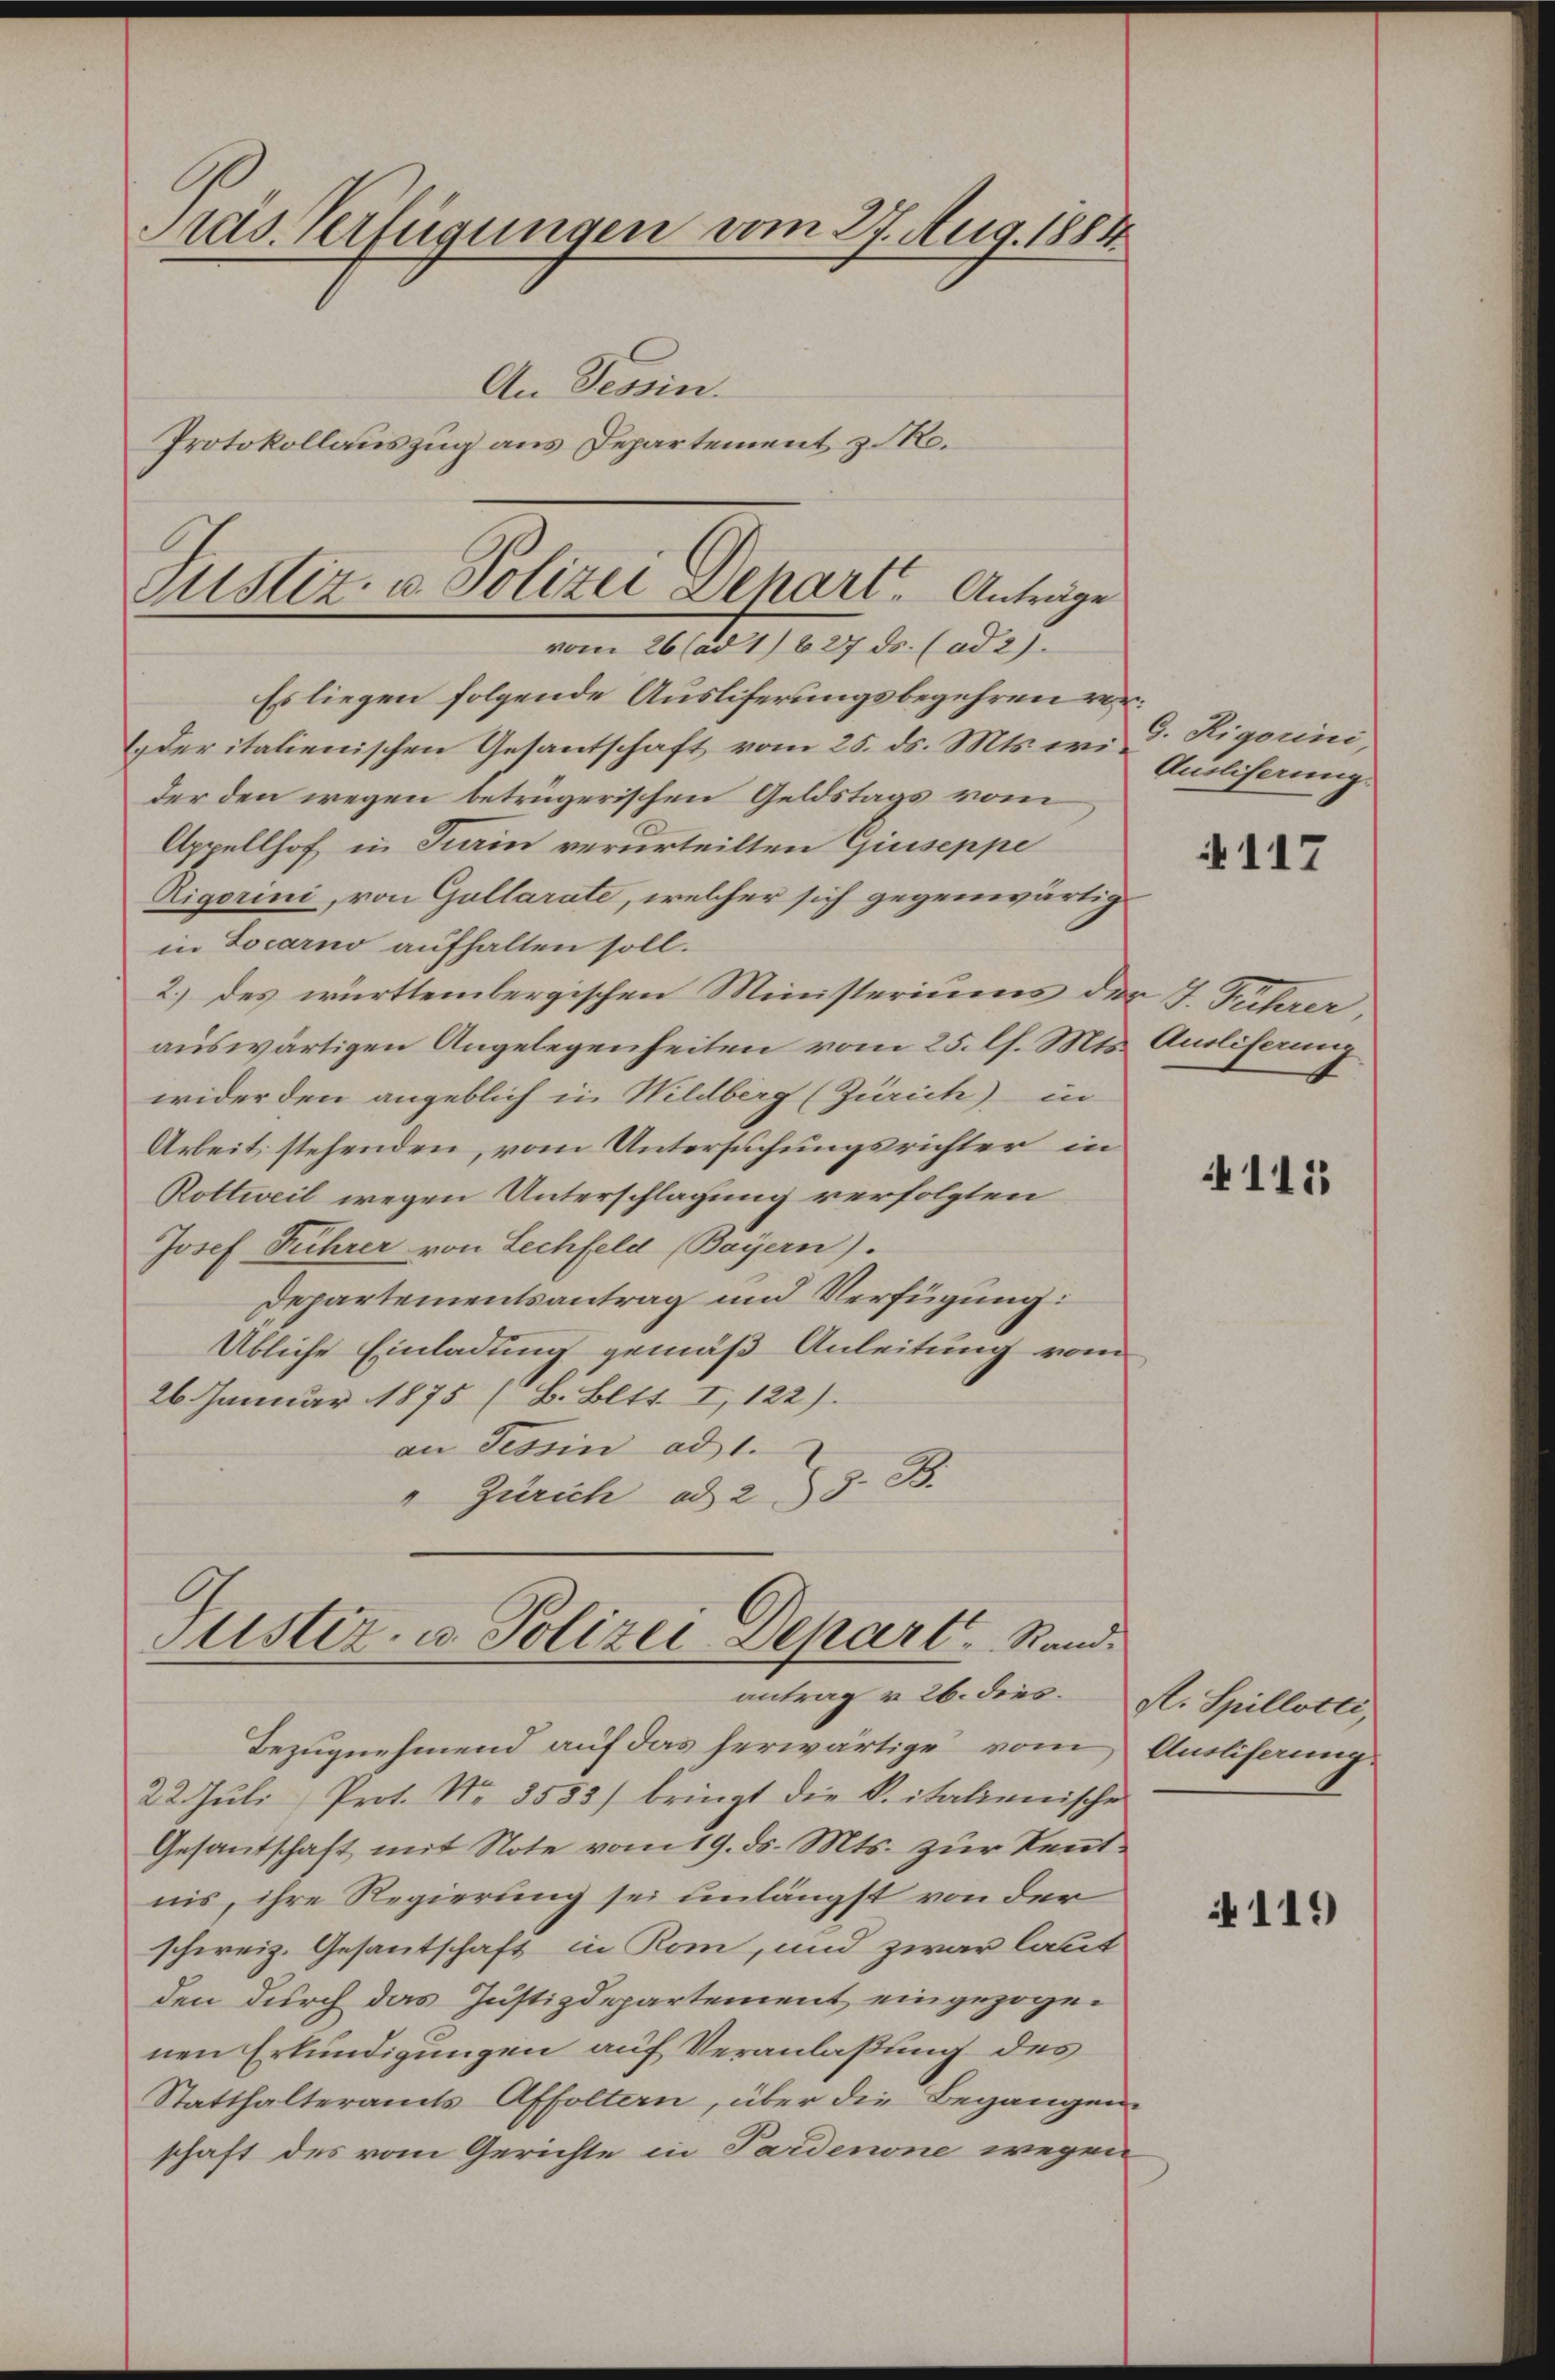
Pras Verfügungen vom 27. Aug. 1884
An Tessin.
Protokollauszug aus Departement z. Ro.

Es liegen folgende Ausliferungsbegehren vor¬
Eder italienischen Gesantschaft vom 25. ds. Mts. wi G. Rigorini,
der den wegen betrügerischen Geldstags vom
Appellhof in Turin verurteilten Giuseppe
Rigorini, von Gullarate, welcher sich gegenwärtig
in Locarno aufhalten soll.
2.) des württembergischen Ministeriums der J. Freiterer,
auswärtigen Angelegenheiten vom 25. l. Mts. Ausliferung
wider den angeblich in Wildberg (Zürich) in
Arbeit stehenden, vom Untersuchungsrichter in
Rottweil wegen Unterschlagung verfolgten
Josef Führer von Lechfeld (Bayern).
Departementsantrag und Verfügung:
Übliche Einladung gemäß Anleitung vom
26. Januar 1875 (B. Bett. I, 122).
an Tessin ad 1.
" Zürich ad 2. 3. B.

Justiz- u. Polizei Dehart - Anträge
vom 26 (ad 1) 627 ds. (ad 27.

Justiz- u. Polizei Depart Stand.
antrag v. 26. dies

Bezugnehmend auf das herwärtige vom Ansliferung-
22. Jŭli Prot. Nr. 3553) bringt die K. italienische
Gesandschaft mit Note vom 19. ds. Mts. zur Kenntnis, ihre Regierung sei unlängst von der
schweiz. Gesantschaft in Rom, und zwar laut
den durch das Justizdepartement eingezogenen Erkundigungen auf Veranlaßung des
Statthalteramts Affoltern, über die Begangen-
schaft des vom Gerichte in Pardenone wegen

Anoliferung.

117

4111

A. Spillotli,

119